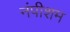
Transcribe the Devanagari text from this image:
नंपीशम